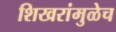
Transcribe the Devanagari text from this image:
शिखरांमुळेच